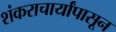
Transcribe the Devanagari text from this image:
शंकराचार्यांपासून